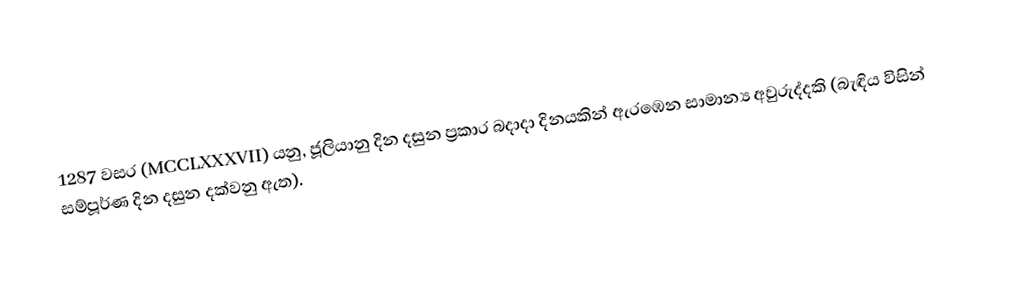

1287  වසර (MCCLXXXVII) යනු, ජූලියානු දින දසුන ප්‍රකාර බදාදා දිනයකින් ඇරඹෙන සාමාන්‍ය අවුරුද්දකි (බැඳිය විසින් සම්පූර්ණ දින දසුන දක්වනු ඇත).